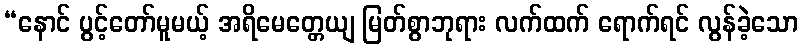
“နောင် ပွင့်တော်မူမယ့် အရိမေတ္တေယျ မြတ်စွာဘုရား လက်ထက် ရောက်ရင် လွန်ခဲ့သော